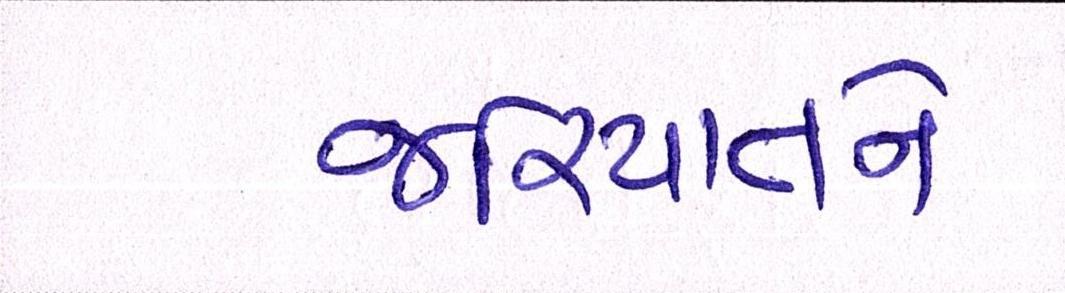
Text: જરિયાતને